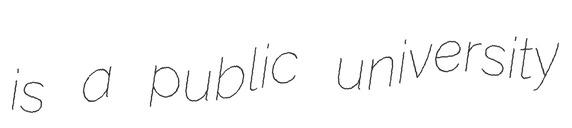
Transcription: is a public university